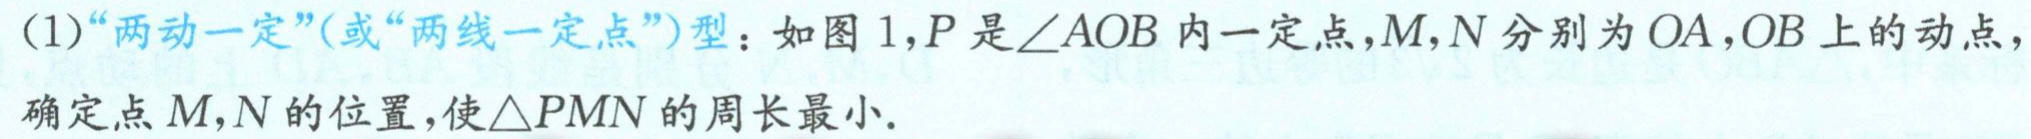
(1)“两动一定”(或“两线一定点”)型：如图 1,$P$是$\angle AOB$内一定点,$M,N$分别为$OA,OB$上的动点，

确定点$M,N$的位置，使$\triangle PMN$的周长最小.